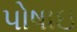
પોષાઇ